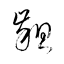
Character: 齟